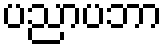
ပညာပဘာ